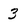
Character: 3